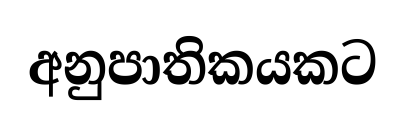
අනුපාතිකයකට